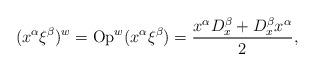
\begin{align*}(x^{\alpha} \xi^{\beta})^w=\textrm{Op}^w(x^{\alpha} \xi^{\beta})=\frac{x^{\alpha}D_x^{\beta}+D_x^{\beta} x^{\alpha}}{2}, \end{align*}